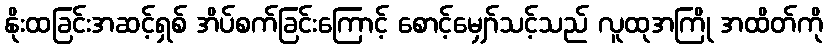
နိုးထခြင်းအဆင့်ရှစ် အိပ်စက်ခြင်းကြောင့် စောင့်မျှော်သင့်သည် လူထုအကြို အထိတ်ကို